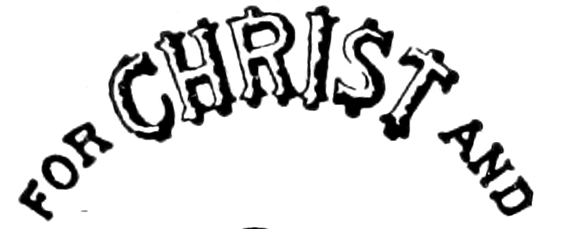
FOR CHRIST AND